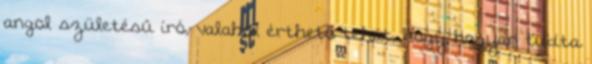
angol születésű író, valahol érthető tehát, hogy hogyan tudta